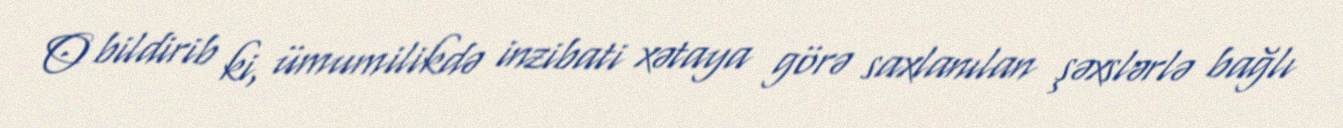
O bildirib ki, ümumilikdə inzibati xətaya görə saxlanılan şəxslərlə bağlı